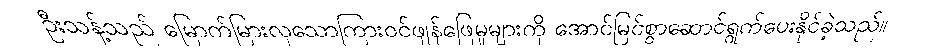
ဦးသန့်သည် မြောက်မြားလှသောကြားဝင်ဖျန်ဖြေမှုများကို အောင်မြင်စွာဆောင်ရွက်ပေးနိုင်ခဲ့သည်။